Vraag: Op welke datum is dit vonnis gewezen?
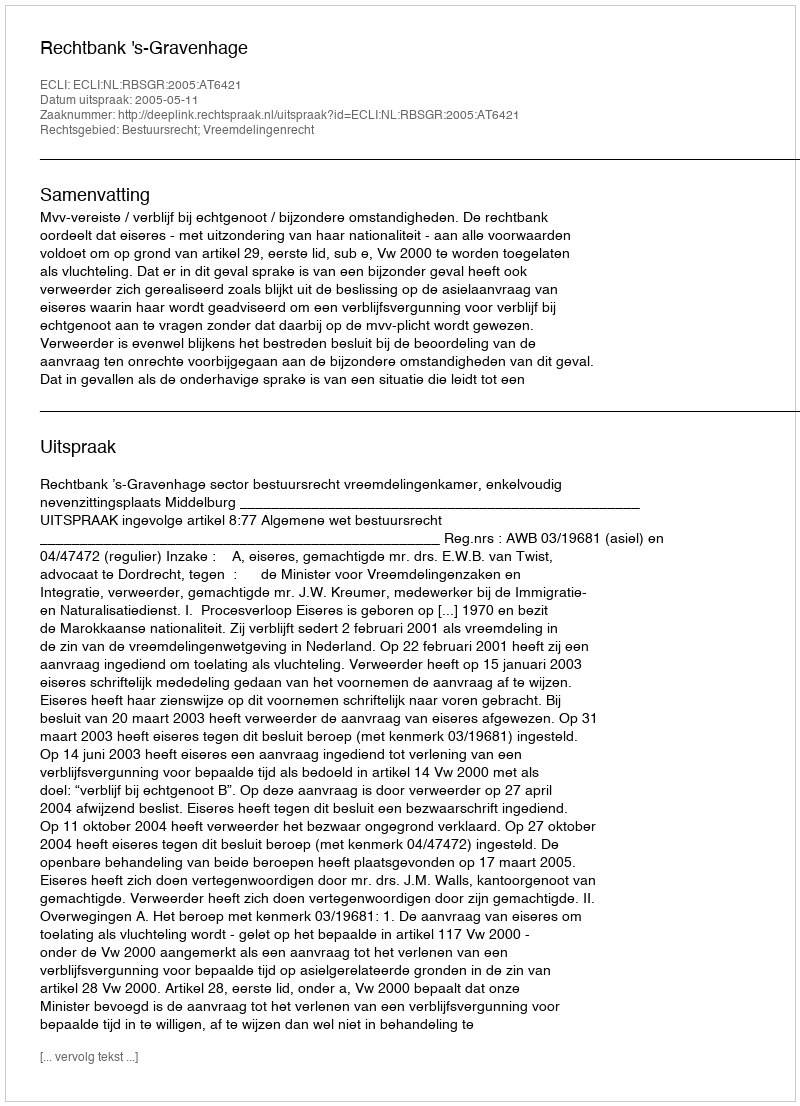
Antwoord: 2005-05-11